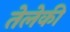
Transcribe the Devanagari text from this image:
तेलेकी